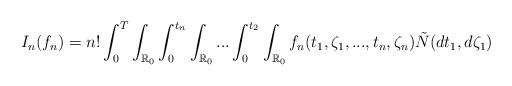
LaTeX: \begin{align*} I_n(f_n)=n!\int_0^T\int_{\mathbb{R}_0}\int_0^{t_n}\int_{\mathbb{R}_0}...\int_0^{t_2}\int_{\mathbb{R}_0} f_n(t_1,\zeta_1,...,t_n,\zeta_n)\tilde{N}(dt_1, d\zeta_1)\end{align*}